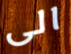
الى